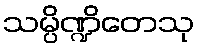
သမ္ပိဏ္ဍိတေသု